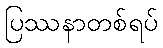
ပြဿနာတစ်ရပ်